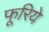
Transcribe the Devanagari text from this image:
फूरिये